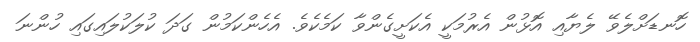
ހޮނޑަށްލެވޭ ލެޔާއި އޮޅުން އެރުމަކީ އެކަށީގެންވާ ކަމެކެވެ. އެހެންކަމުން ގަދަ ކުލަކުލައިގައި ހުންނަ